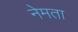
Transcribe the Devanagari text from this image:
नेमता